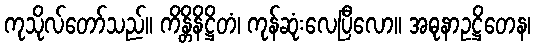
ကုသိုလ်တော်သည်။ ကိန္တိနိဋ္ဌိတံ၊ ကုန်ဆုံးလေပြီလော။ အဓုနာဥဋ္ဌိတေန၊